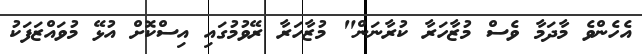
އެހެންވެ މާދަމާ ވެސް މުޒާހަރާ ކުރާނަން" މުޒާހަރާ ރޭވުމުގައި އިސްކޮށް އުޅޭ މުވައްޒަފަކު